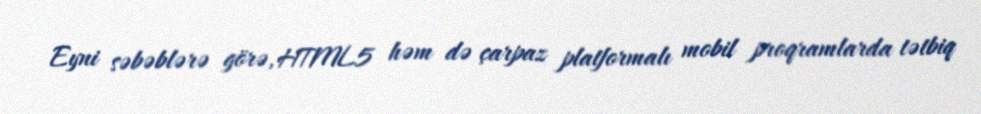
Eyni səbəblərə görə, HTML5 həm də çarpaz platformalı mobil proqramlarda tətbiq